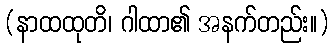
(နာထထုတိ၊ ဂါထာ၏ အနက်တည်း။)